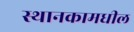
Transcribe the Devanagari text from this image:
स्थानकामधील